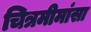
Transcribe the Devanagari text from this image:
चित्रमीमांसा